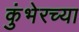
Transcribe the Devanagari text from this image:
कुंभेरच्या